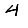
Digit: 4